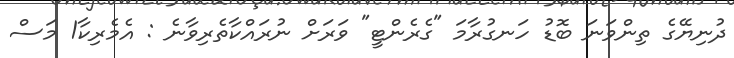
ދުނިޔޭގެ ތިންވަނަ ބޮޑު ހަނގުރާމަ "ގެރެންޓީ" ވަރަށް ނުރައްކާތެރިވާނެ : އެމެރިކާ1 މަސް